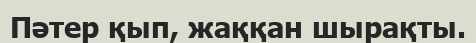
Пәтер қып, жаққан шырақты.